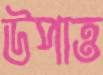
উপাত্ত